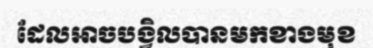
ដែលអាចបង្វិលបានមកខាងមុខ